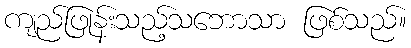
ကျည်ဖြုန်းသည့်သဘောသာ ဖြစ်သည်။